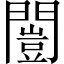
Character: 闓